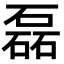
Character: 磊